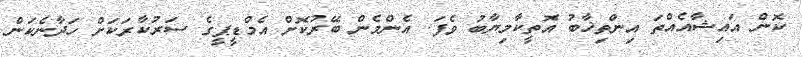
ކޮން އައިޝާއެއްތަ އިންތިޚާބު އޮތީކާމިޔާބު ވެފަ. އެންމެން ބޭރުކޮށް އެމްޑީޕީގެ ސަރުކާރަކަށް ހަދާނެކަން